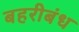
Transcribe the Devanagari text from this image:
बहरीबंध